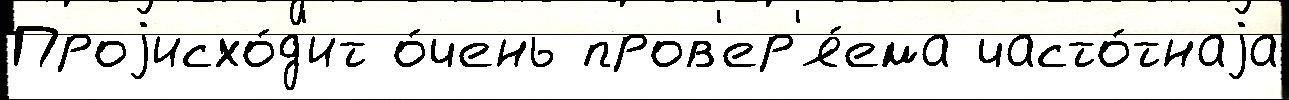
Проjисхо́д'ит о́чень пров'ер'я́ема часто́тнаjа